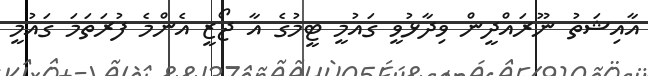
އާއިޝަތު ނޫރައްދީން ވިދާޅުވީ ގައުމީ ޓީމުގެ އާ ޖޯޒީ އެންމެ ފުރަތަމަ ގައުމީ